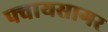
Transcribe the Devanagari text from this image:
फ्वायसागर